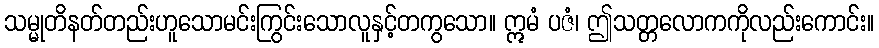
သမ္မုတိနတ်တည်းဟူသောမင်းကြွင်းသောလူနှင့်တကွသော။ ဣမံ ပဇံ၊ ဤသတ္တလောကကိုလည်းကောင်း။